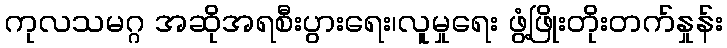
ကုလသမဂ္ဂ အဆိုအရစီးပွားရေး၊လူမှုရေး ဖွံ့ဖြိုးတိုးတက်နှုန်း